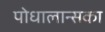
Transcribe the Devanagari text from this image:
पोधालान्सका